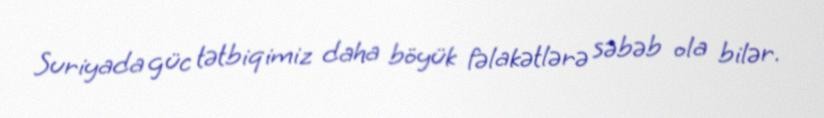
Suriyada güc tətbiqimiz daha böyük fəlakətlərə səbəb ola bilər.